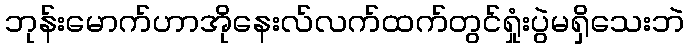
ဘုန်းမောက်ဟာအိုနေးလ်လက်ထက်တွင်ရှုံးပွဲမရှိသေးဘဲ